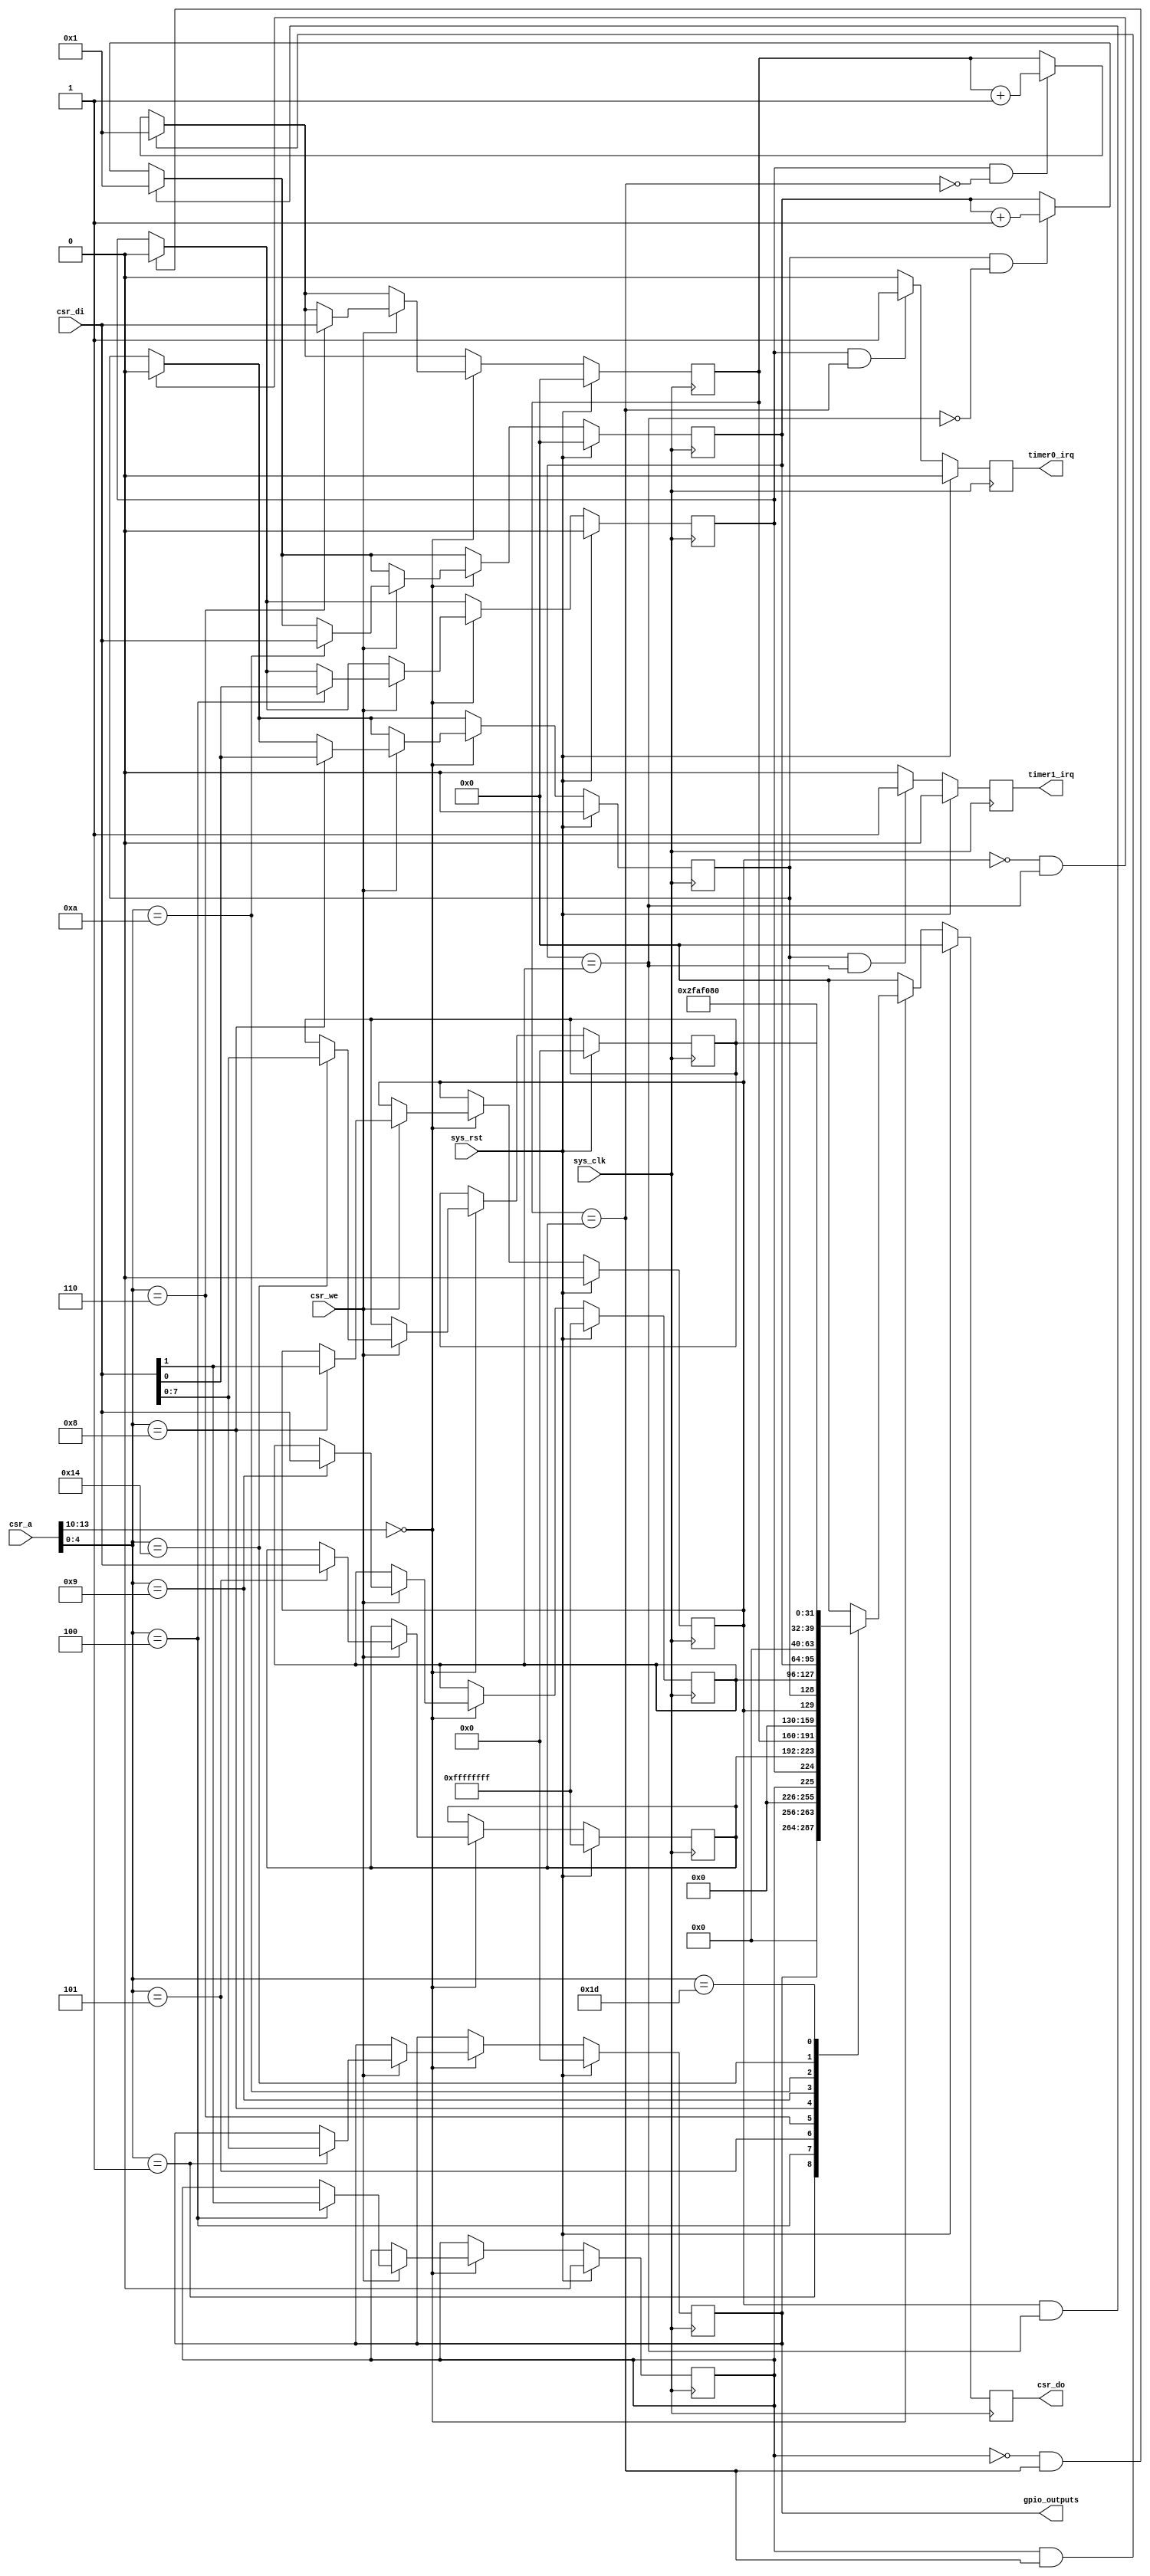
/*
 * Milkymist SoC
 * Copyright (C) 2012 William Heatley
 * Copyright (C) 2007, 2008, 2009, 2010 Sebastien Bourdeauducq
 *
 * This program is free software: you can redistribute it and/or modify
 * it under the terms of the GNU General Public License as published by
 * the Free Software Foundation, version 3 of the License.
 *
 * This program is distributed in the hope that it will be useful,
 * but WITHOUT ANY WARRANTY; without even the implied warranty of
 * MERCHANTABILITY or FITNESS FOR A PARTICULAR PURPOSE.  See the
 * GNU General Public License for more details.
 *
 * You should have received a copy of the GNU General Public License
 * along with this program.  If not, see <http://www.gnu.org/licenses/>.
 */


module sysctl # (
	parameter csr_addr = 4'h0,
	parameter noutputs = 8
) (
	input sys_clk,
	input sys_rst,

	/* Interrupts */
	output reg timer0_irq,
	output reg timer1_irq,

	/* CSR bus interface */
	input [13:0] csr_a,
	input csr_we,
	input [31:0] csr_di,
	output reg [31:0] csr_do,

	/* GPIO */
	output reg [noutputs-1:0] gpio_outputs
);

	/*
	* Dual timer
	*/

	reg en0, en1;
	reg ar0, ar1;
	reg [31:0] counter0, counter1;
	reg [31:0] compare0, compare1;

	wire match0 = (counter0 == compare0);
	wire match1 = (counter1 == compare1);

	/*
	 * Debug scrachpad register
	 */
	reg [7:0] debug_scratchpad;

	/*
	* Logic and CSR interface
	*/

	wire csr_selected = csr_a[13:10] == csr_addr;

	always @(posedge sys_clk)
	begin
		if(sys_rst)
		begin
			csr_do <= 32'd0;

			timer0_irq <= 1'b0;
			timer1_irq <= 1'b0;

			gpio_outputs <= {noutputs{1'b0}};

			en0 <= 1'b0;
			en1 <= 1'b0;
			ar0 <= 1'b0;
			ar1 <= 1'b0;
			counter0 <= 32'd0;
			counter1 <= 32'd0;
			compare0 <= 32'hFFFFFFFF;
			compare1 <= 32'hFFFFFFFF;

			debug_scratchpad <= 8'd0;
		end
		else
		begin
			timer0_irq <= 1'b0;
			timer1_irq <= 1'b0;

			/* Handle timer 0 */
			if( en0 & ~match0) counter0 <= counter0 + 32'd1;
			if( en0 &  match0) timer0_irq <= 1'b1;
			if( ar0 &  match0) counter0 <= 32'd1;
			if(~ar0 &  match0) en0 <= 1'b0;

			/* Handle timer 1 */
			if( en1 & ~match1) counter1 <= counter1 + 32'd1;
			if( en1 &  match1) timer1_irq <= 1'b1;
			if( ar1 &  match1) counter1 <= 32'd1;
			if(~ar1 &  match1) en1 <= 1'b0;

			csr_do <= 32'd0;
			if(csr_selected)
			begin
				/* CSR Writes */
				if(csr_we)
				begin
					case(csr_a[4:0])
						/* GPIO registers */
						// 00000 is GPIO IN and is read-only
						5'b00001: gpio_outputs <= csr_di[noutputs-1:0];

						/* Timer 0 registers */
						5'b00100: begin
							en0 <= csr_di[0];
							ar0 <= csr_di[1];
						end
						5'b00101: compare0 <= csr_di;
						5'b00110: counter0 <= csr_di;

						/* Timer 1 registers */
						5'b01000: begin
							en1 <= csr_di[0];
							ar1 <= csr_di[1];
						end
						5'b01001: compare1 <= csr_di;
						5'b01010: counter1 <= csr_di;

						/* Debug monitor (gdbstub) */
						5'b10100: debug_scratchpad <= csr_di[7:0];
					endcase
				end

				/* CSR Reads */
				case(csr_a[4:0])
					/* GPIO registers */
					5'b00001: csr_do <= gpio_outputs;

					/* Timer 0 registers */
					5'b00100: csr_do <= {ar0, en0};
					5'b00101: csr_do <= compare0;
					5'b00110: csr_do <= counter0;

					/* Timer 1 registers */
					5'b01000: csr_do <= {ar1, en1};
					5'b01001: csr_do <= compare1;
					5'b01010: csr_do <= counter1;

					/* Debug monitor (gdbstub) */
					5'b10100: csr_do <= debug_scratchpad;

					/* Read only SoC properties */
					5'b11101: csr_do <= 32'd50000000;
				endcase
			end
		end
	end

endmodule